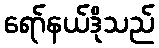
ရော်နယ်ဒိုသည်